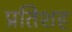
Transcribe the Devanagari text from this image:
प्रतिशह